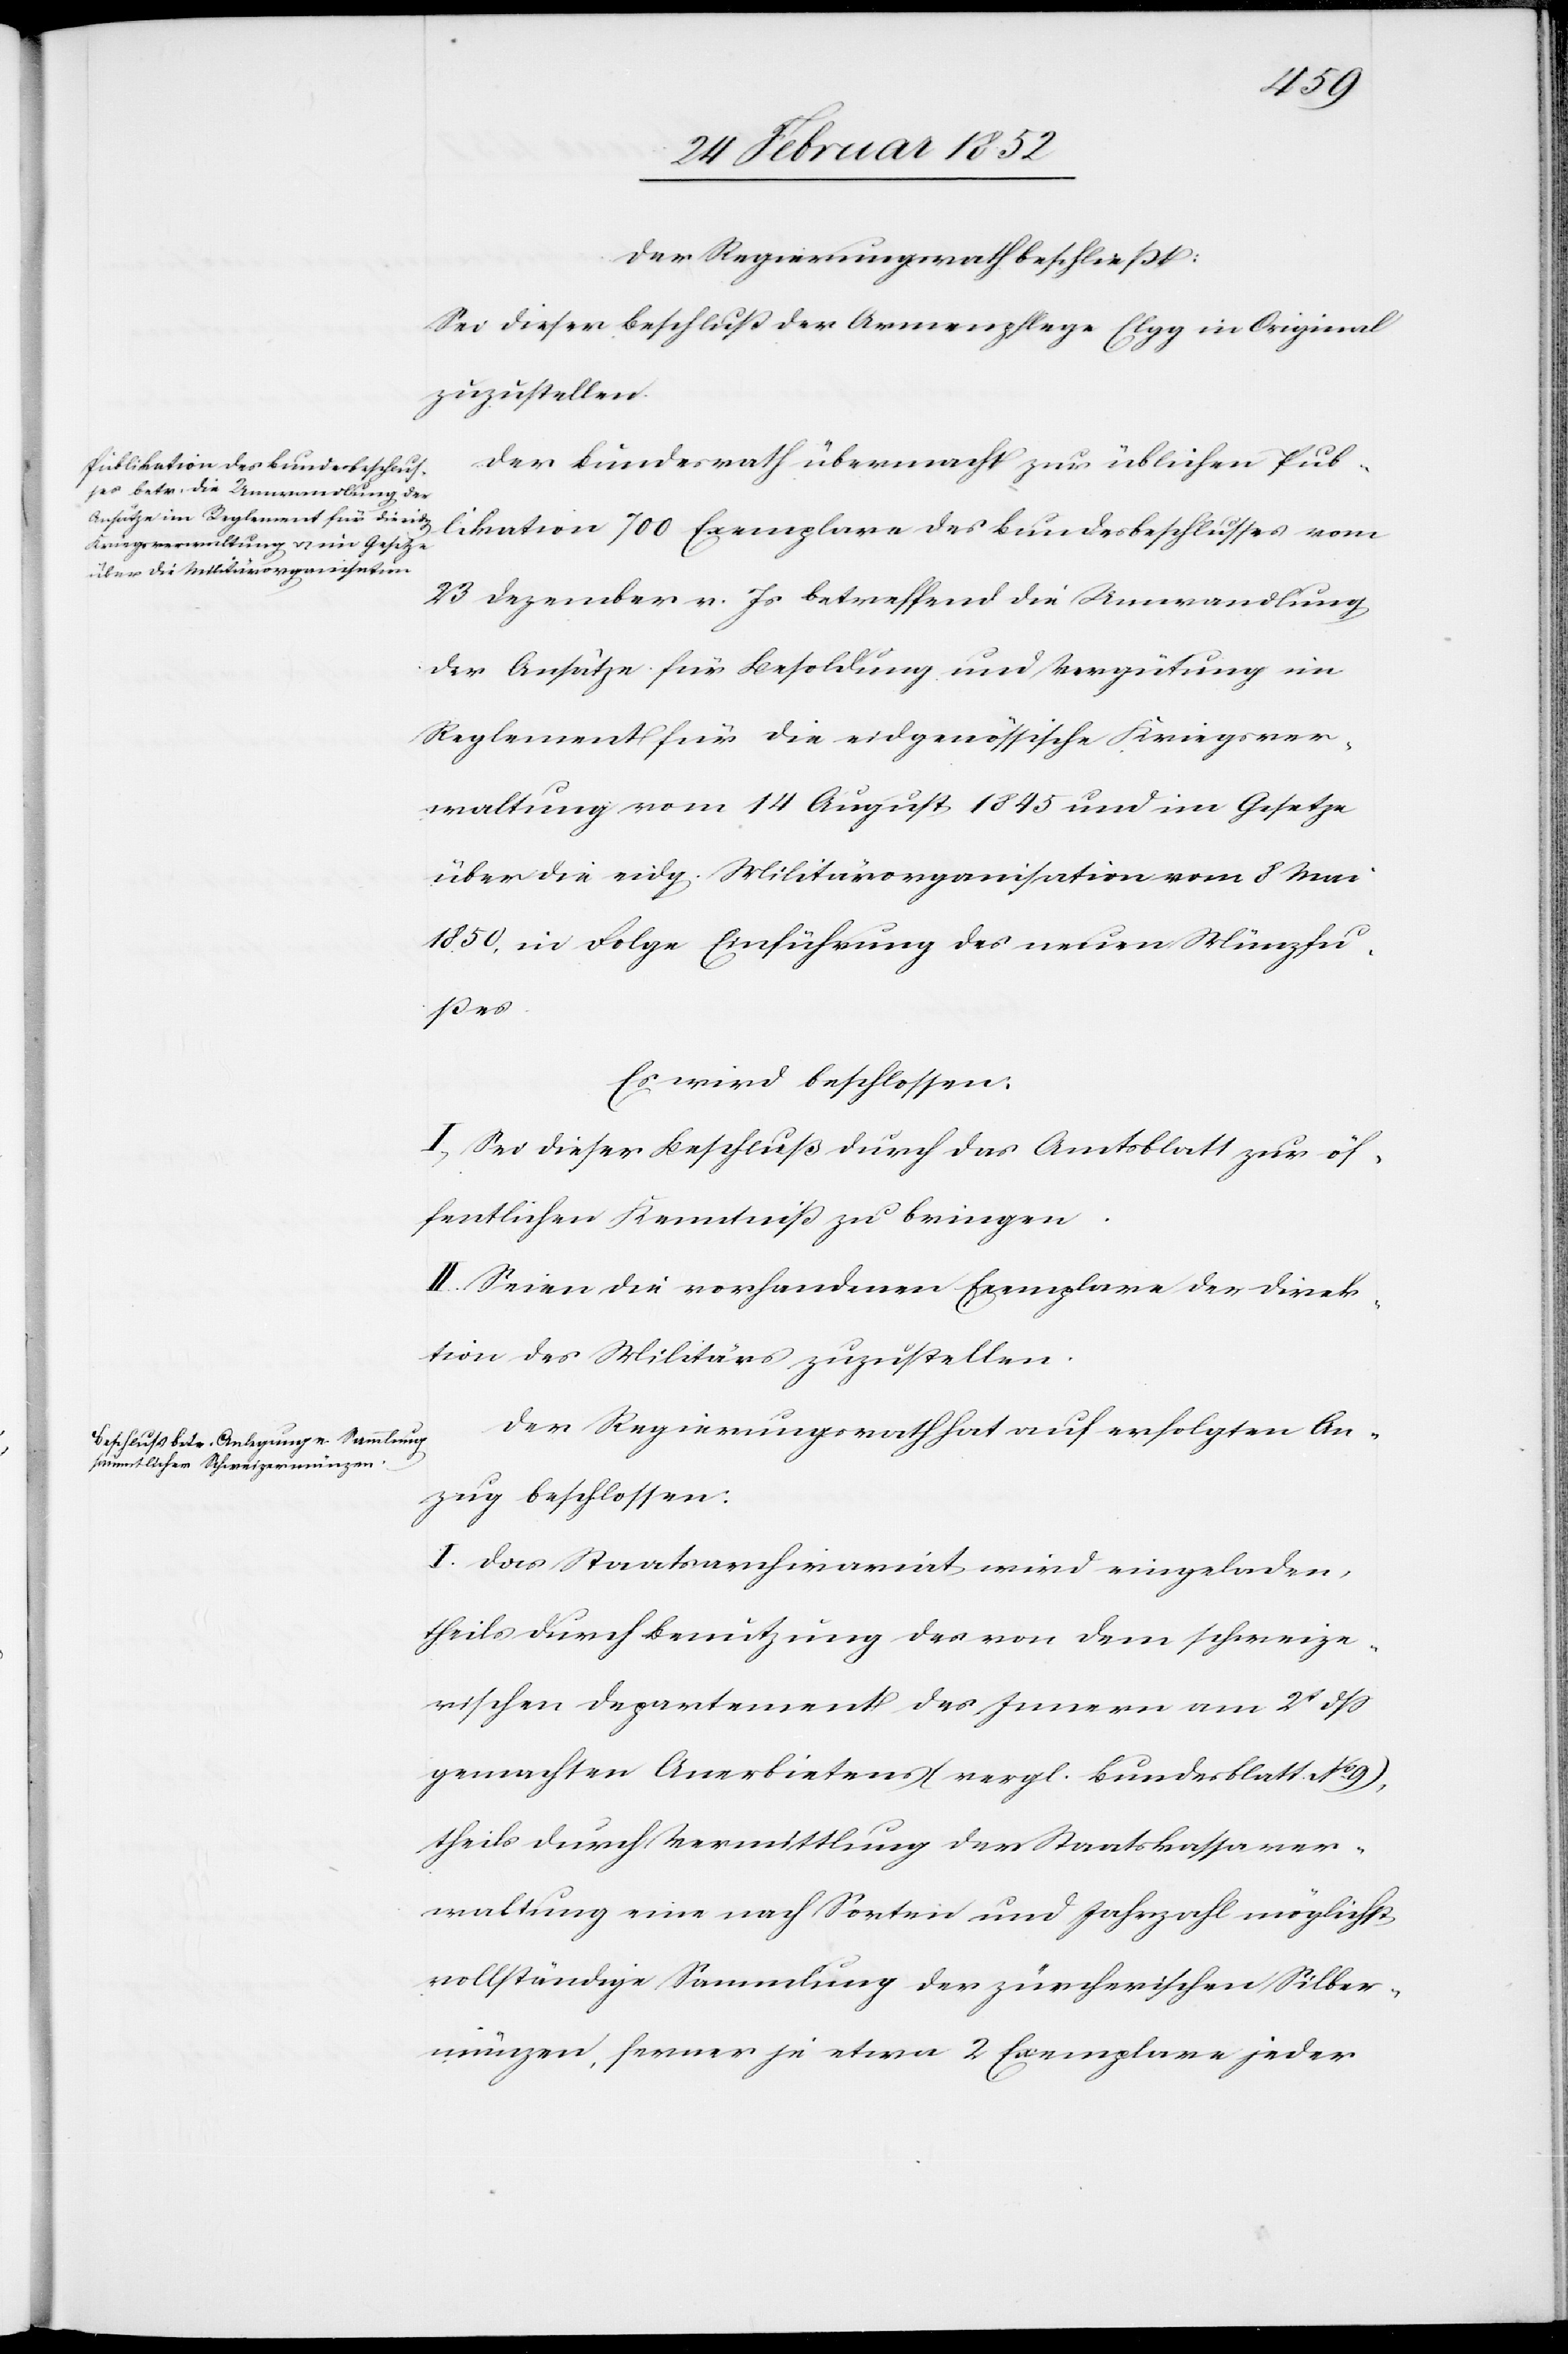
Der Regierungsrath beschließt:
Sei dieser Beschluß der Armenpflege Elgg in Original
zuzustellen.
Der Bundesrath übermacht zur üblichen Pub¬
likation 700 Exemplare des Bundesbeschlusses vom
23 Dezember v. Js betreffend die Umwandlung
der Ansätze für Besoldung und Vergütung ein
Reglement für die eidgenössische Kriegsver¬
waltung vom 14 August 1845 und im Gesetze
über die eidg. Militärorganisation vom 8 Mai
1850, in Folge Einführung des neuen Münzfu¬
ßes.
Es wird beschlossen.
I.) Sei dieser Beschluß durch das Amtsblatt zur öf¬
fentlichen Kenntniß zu bringen.
II. Seien die vorhandenen Exemplare der Direk¬
tion des Militärs zuzustellen.
Der Regierungsrath hat auf erfolgten An¬
zug beschlossen:
I. Das Staatsarchivariat wird eingeladen,
theils durch Benutzung des von dem schweize¬
rischen Departement des Innern am 2t dß
gemachten Anerbietens (vergl. Bundesblatt No. 9),
theils durch Vermittlung der Staatskassever¬
waltung eine nach Sorten und Jahrzahl möglichst
vollständige Sammlung der zürcherischen Silber¬
münzen, ferner je etwa 2 Exemplare jeder